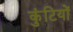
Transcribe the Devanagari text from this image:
कुंटियों